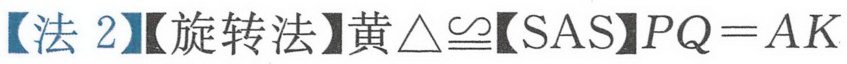
【法 2】【旋转法】黄$\triangle\cong$【SAS】$PQ = AK$